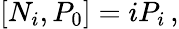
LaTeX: \left[N_{i},P_{0}\right]=iP_{i}\, ,